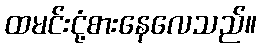
ထမင်းငုံ့စားနေလေသည်။